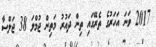
2017 ވަނަ އަހަރުގެ ތެރޭގައި ތިން ދައުރު މަތިން ޖުމްލަ 38 ޖަލްސާ